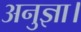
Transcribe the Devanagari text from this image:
अनुज्ञा।